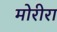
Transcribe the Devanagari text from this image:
मोरीरा